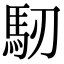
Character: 𩡲